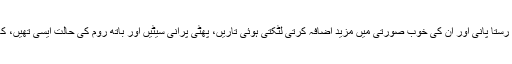
چھتوں سے رستا پانی اور ان کی خوب صورتی میں مزید اضافہ کرتی لٹکتی ہوئی تاریں، پھٹی پرانی سیٹیں اور باتھ روم کی حالت ایسی تھیں، کہ کیا کہنے۔